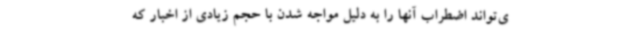
ی‌تواند اضطراب آنها را به دلیل مواجه شدن با حجم زیادی از اخبار که